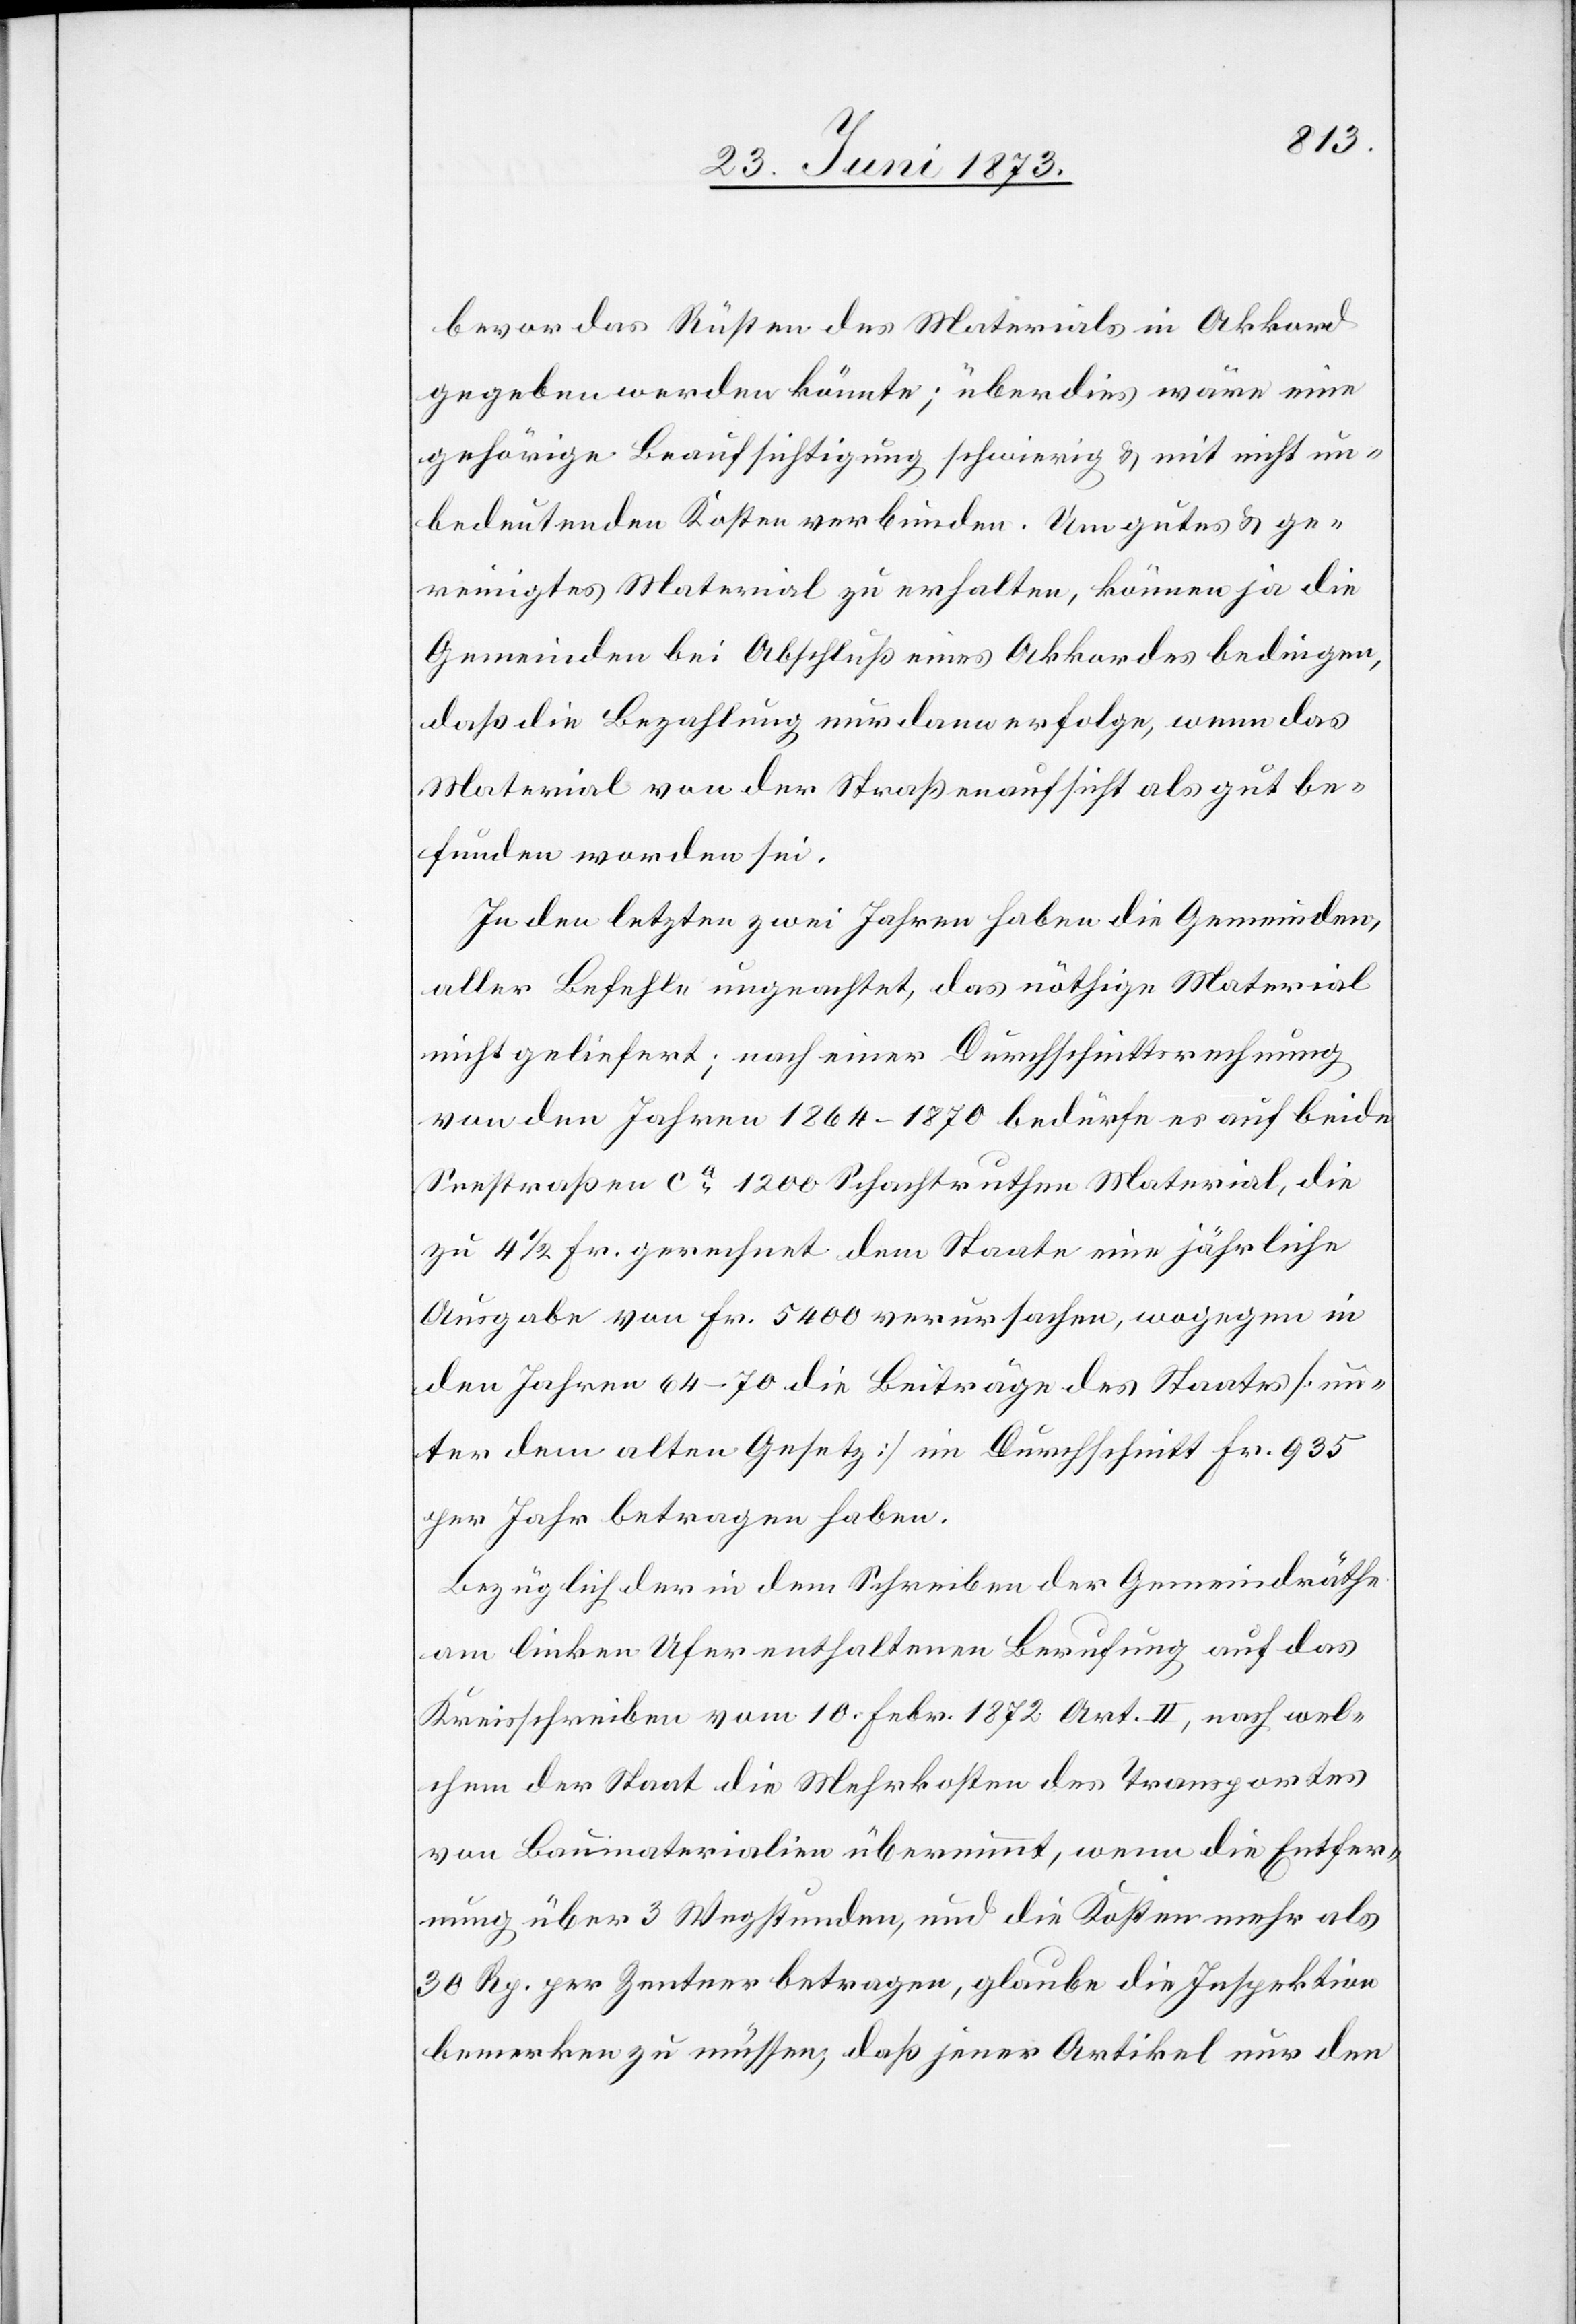
bevor das Rüsten des Materials in Akkord
gegeben werden könnte; überdies wäre eine
gehörige Beaufsichtigung schwierig & mit nicht un¬
bedeutenden Kosten verbunden. Um gutes & ge¬
reinigtes Material zu erhalten, können ja die
Gemeinden bei Abschluß eines Akkordes bedingen,
daß die Bezahlung nur dann erfolge, wenn das
Material von der Straßenaufsicht als gut be¬
funden worden sei.
In den letzten zwei Jahren haben die Gemeinden,
aller Befehle ungeachtet, das nöthige Material
nicht geliefert; nach einer Durchschnittsrechnung
von den Jahren 1864–1870 bedürfe es auf beide
Seestraßen ca 1 200 Schachtruthen Material, die
zu 4 1/2 Fr. gerechnet dem Staate eine jährliche
Ausgabe von Fr. 5 400 verursachen, wogegen in
den Jahren 64–70 die Beiträge des Staates [un¬
ter dem alten Gesetz] im Durchschnitt Fr. 935
per Jahr betragen haben.
Bezüglich der in dem Schreiben der Gemeindräthe
am linken Ufer enthaltenen Berufung auf das
Kreisschreiben vom 10. Febr. 1872 Art. II, nach wel¬
chem der Staat die Mehrkosten des Transportes
von Baumaterialien übernimmt, wenn die Entfer¬
nung über 3 Wegstunden, und die Kosten mehr als
30 Rp. per Zentner betragen, glaube die Inspektion
bemerken zu müssen, daß jener Artikel nur den